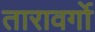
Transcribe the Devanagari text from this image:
तारावर्गो